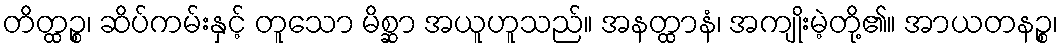
တိတ္ထဉ္စ၊ ဆိပ်ကမ်းနှင့် တူသော မိစ္ဆာ အယူဟူသည်။ အနတ္ထာနံ၊ အကျိုးမဲ့တို့၏။ အာယတနဉ္စ၊